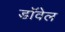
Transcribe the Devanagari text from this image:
डॉवेल